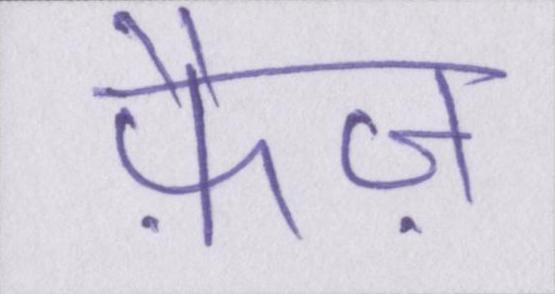
फ़ैज़